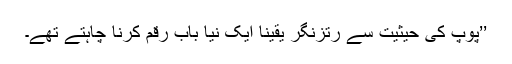
’’پوپ کی حیثیت سے رتزنگر یقیناً ایک نیا باب رقم کرنا چاہتے تھے۔